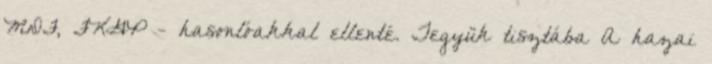
MDF, FKGP - hasonlóakkal ellenté. Tegyük tisztába A hazai